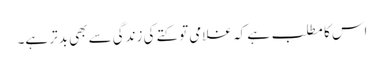
اس کا مطلب ہے کہ غلامی تو کتے کی زندگی سے بھی بدتر ہے۔